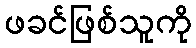
ဖခင်ဖြစ်သူကို